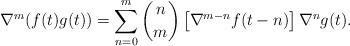
LaTeX: \begin{align*}\nabla^m(f(t)g(t))=\sum_{n=0}^m\binom{n}{m}\left[\nabla^{m-n}f(t-n)\right]\nabla^ng(t).\end{align*}